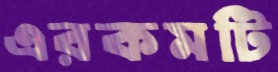
এরকমটি